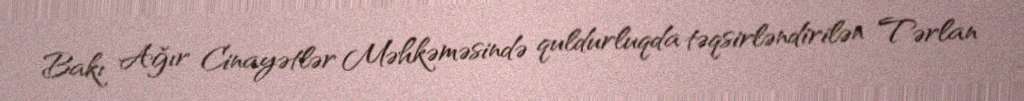
Bakı Ağır Cinayətlər Məhkəməsində quldurluqda təqsirləndirilən Tərlan